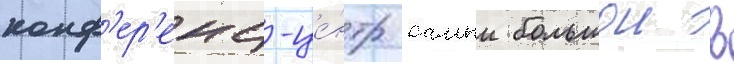
конф'ер'енц-це́нтр самыи большои в